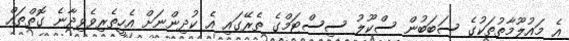
އެ މައުލޫމާތުތަކުގެ ސަބަބުން ސްކޫލު ސިސްޓަމްގެ ތެރޭގައި އެ ކުދިންނަށް އެހީތެރިވެވިދާނެ ގޮތްތައް